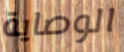
الوصاية